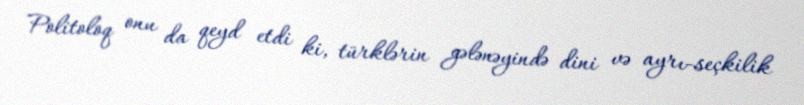
Politoloq onu da qeyd etdi ki, türklərin gələnəyində dini və ayrı-seçkilik